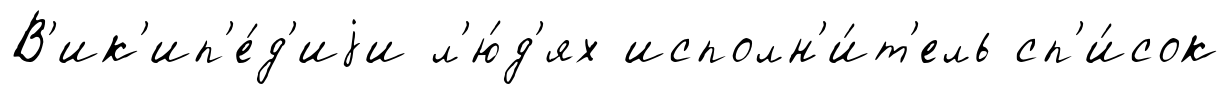
В'ик'ип'е́д'иjи л'ю́д'ях исполн'и́т'ель сп'и́сок